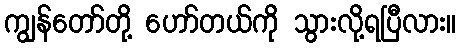
ကျွန်တော်တို့ ဟော်တယ်ကို သွားလို့ရပြီလား။